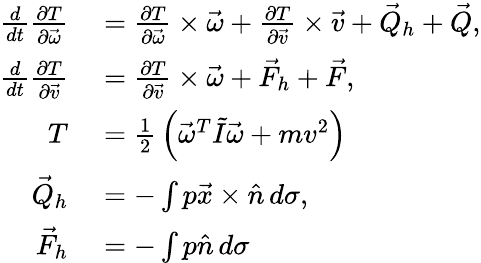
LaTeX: \begin{array}{rl}{{\frac{d}{dt}}{\frac{\partial T}{\partial{\vec{\omega}}}}}&{{}={\frac{\partial T}{\partial{\vec{\omega}}}}\times{\vec{\omega}}+{\frac{\partial T}{\partial{\vec{v}}}}\times{\vec{v}}+{\vec{Q}}_{h}+{\vec{Q}},}\\ {{\frac{d}{dt}}{\frac{\partial T}{\partial{\vec{v}}}}}&{{}={\frac{\partial T}{\partial{\vec{v}}}}\times{\vec{\omega}}+{\vec{F}}_{h}+{\vec{F}},}\\ {T}&{{}={\frac{1}{2}}\left({\vec{\omega}}^{T}{\tilde{I}}{\vec{\omega}}+mv^{2}\right)}\\ {{\vec{Q}}_{h}}&{{}=-\int p{\vec{x}}\times{\hat{n}}\, d\sigma,}\\ {{\vec{F}}_{h}}&{{}=-\int p{\hat{n}}\, d\sigma}\end{array}